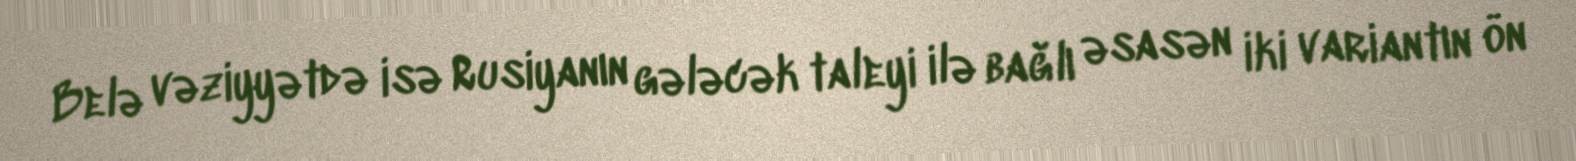
Belə vəziyyətdə isə Rusiyanın gələcək taleyi ilə bağlı əsasən iki variantın ön